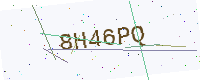
Text: 8H46PQ